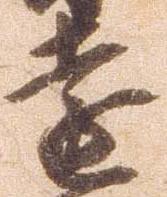
遠